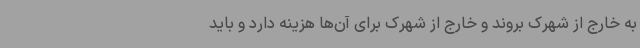
به خارج از شهرک بروند و خارج از شهرک برای آن‌ها هزینه دارد و باید